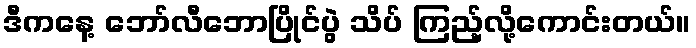
ဒီကနေ့ ဘော်လီဘောပြိုင်ပွဲ သိပ် ကြည့်လို့ကောင်းတယ်။